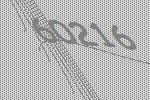
60216